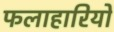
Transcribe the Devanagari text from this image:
फलाहारियों